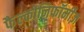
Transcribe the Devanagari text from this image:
फैल्कोनिफॉर्मीज़